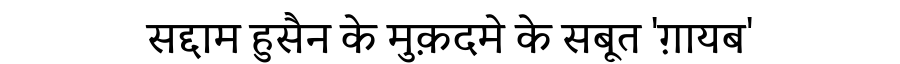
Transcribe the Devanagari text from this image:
सद्दाम हुसैन के मुक़दमे के सबूत 'ग़ायब'